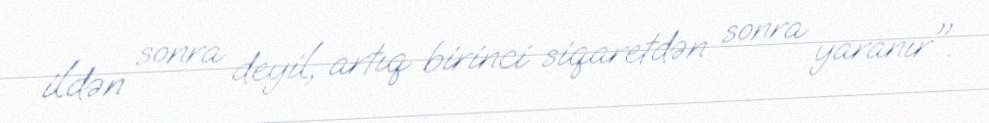
ildən sonra deyil, artıq birinci siqaretdən sonra yaranır".